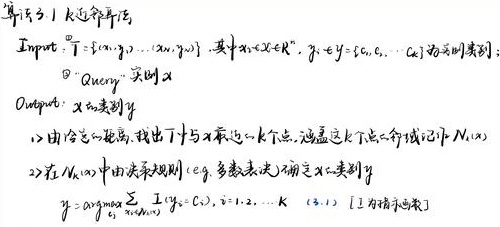
算法1 k近邻算法
Input: \(T = \{(x_{1},y_{1}),(x_{2},y_{2}),\cdots,(x_{N},y_{N})\}\)，其中\(x_{i}\in \mathbb{R}^{n}\)，\(y_{i}\in \{c_{1},c_{2},\cdots,c_{K}\}\)为类别集
Query 实例\(x\)
Output: \(x\)的类别\(y\)
1) 由给定距离，找出\(T\)中与\(x\)最近的\(k\)个点，涵盖这\(k\)个点的邻域记为 \(N_{k}(x)\)
2) 在\(N_{k}(x)\)中由决策规则 (e.g. 多数表决) 确定\(x\)的类别\(y\)
\[y = \underset{c_{j}}{\arg\max}\sum_{x_{i}\in N_{k}(x)} I(y_{i} = c_{j}), j = 1,2,\cdots,K \quad (3.1) \text{ [}I\text{为指示函数]}\]